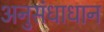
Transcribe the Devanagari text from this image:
अनुसंधाधान